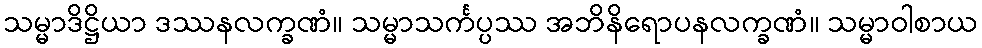
သမ္မာဒိဋ္ဌိယာ ဒဿနလက္ခဏံ။ သမ္မာသင်္ကပ္ပဿ အဘိနိရောပနလက္ခဏံ။ သမ္မာဝါစာယ